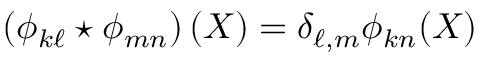
\left( \phi _ { k \ell } \star \phi _ { m n } \right) ( X ) = \delta _ { \ell , m } \phi _ { k n } ( X )